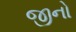
જીનો